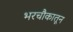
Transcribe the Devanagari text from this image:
भरचौकातून